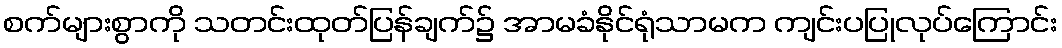
စက်များစွာကို သတင်းထုတ်ပြန်ချက်၌ အာမခံနိုင်ရုံသာမက ကျင်းပပြုလုပ်ကြောင်း